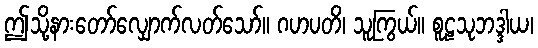
ဤသို့နားတော်လျှောက်လတ်သော်။ ဂဟပတိ၊ သူကြွယ်။ စူဠသုဘဒ္ဒါယ၊